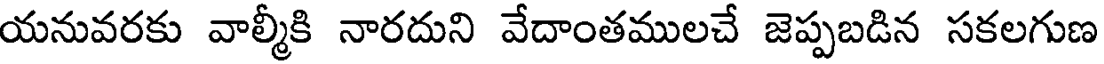
యనువరకు వాల్మీకి నారదుని వేదాంతములచే జెప్పబడిన సకలగుణ